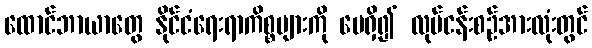
ထောင်ဘာယာတွေ နိုင်ငံရေးရာကိစ္စများကို ပေရှိ၍ လုပ်ငန်းစဉ်အားလုံးတွင်